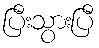
ပြီးသွားပြီ